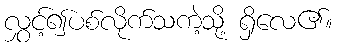
လွှင့်၍ပစ်လိုက်သကဲ့သို့ ရှိလေ၏။